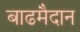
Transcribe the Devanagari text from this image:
बाढमैदान